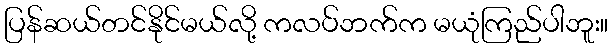
ပြန်ဆယ်တင်နိုင်မယ်လို့ ကလပ်ဘက်က မယုံကြည်ပါဘူး။